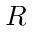
R